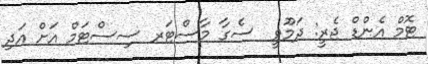
ޓޮމް އެންޑް ޖެރީ: ދަމޫވީ  ސެގާ މާސްޓަރ ސިސްޓަމް އަށް އަދި